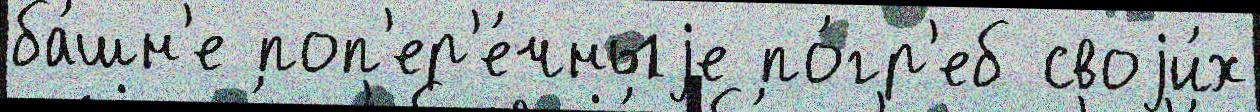
ба́шн'е поп'ер'е́чныjе по́гр'еб своjи́х